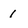
Character: 1